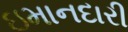
ઇમાનદારી